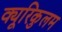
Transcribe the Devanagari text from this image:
क्यूरिकुलम